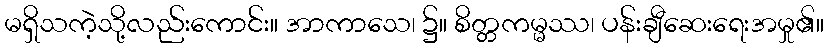
မရှိသကဲ့သို့လည်းကောင်း။ အာကာသေ၊ ၌။ စိတ္တကမ္မဿ၊ ပန်းချီဆေးရေးအမှု၏။